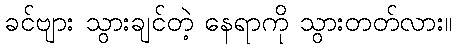
ခင်ဗျား သွားချင်တဲ့ နေရာကို သွားတတ်လား။